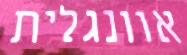
אוונגלית